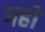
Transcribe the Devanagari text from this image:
गहो